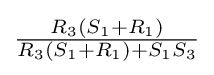
{\tfrac {R_{3}(S_{1}+R_{1})}{R_{3}(S_{1}+R_{1})+S_{1}S_{3}}}